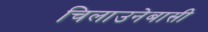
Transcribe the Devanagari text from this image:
चिलाउनेबासी